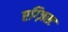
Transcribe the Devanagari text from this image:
एग्ज़िस्ट